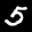
Label: 5